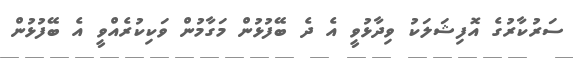
ސަރުކާރުގެ އޮފިޝަލަކު ވިދާޅުވީ އެ ދެ ބޭފުޅުން މަގާމުން ވަކިކުރެއްވީ އެ ބޭފުޅުން